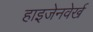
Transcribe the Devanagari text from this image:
हाइजेनवेर्ख